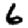
Digit: 6